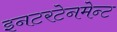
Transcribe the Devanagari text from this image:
इनटरटेनमेन्ट